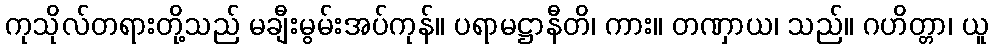
ကုသိုလ်တရားတို့သည် မချီးမွမ်းအပ်ကုန်။ ပရာမဋ္ဌာနီတိ၊ ကား။ တဏှာယ၊ သည်။ ဂဟိတ္တာ၊ ယူ